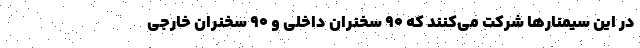
در این سیمنار‌ها شرکت می‌کنند که ۹۰ سخنران داخلی و ۹۰ سخنران خارجی